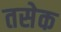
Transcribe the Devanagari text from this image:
तसेक